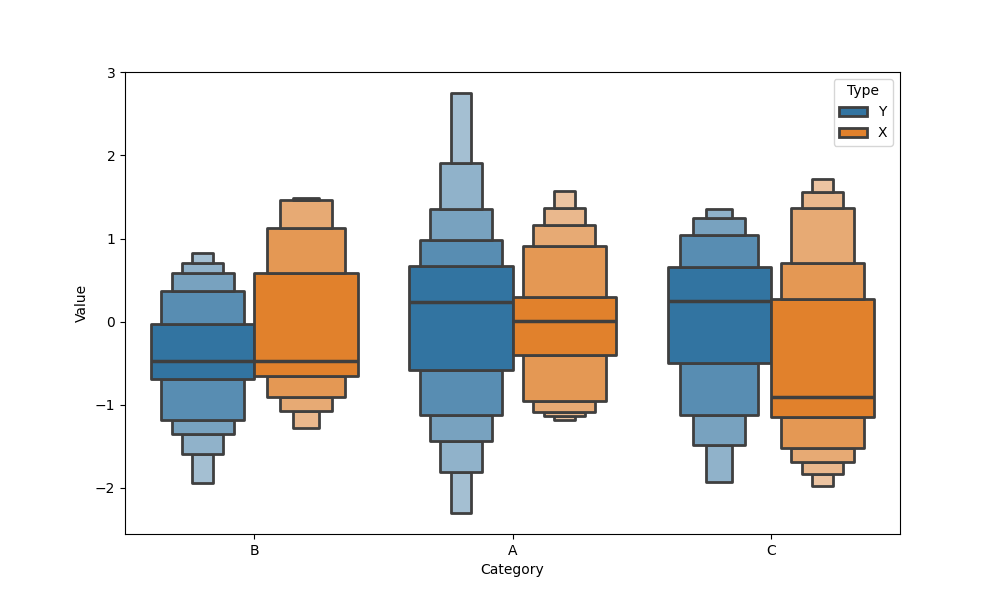
python, seaborn, boxenplot, k_depth='full', linewidth=2, scale='linear', outlier_prop=0.1, showfliers=True